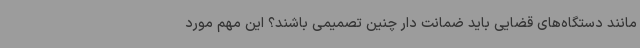
مانند دستگاه‌های قضایی باید ضمانت دار چنین تصمیمی باشند؟ این مهم مورد